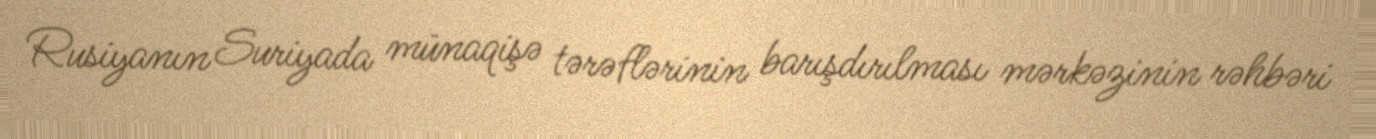
Rusiyanın Suriyada münaqişə tərəflərinin barışdırılması mərkəzinin rəhbəri